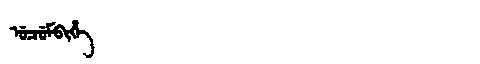
Manchu: ᡠᠴᡠᠮᠪᡳᡥᡝ
Romanization: UCUMBIHE